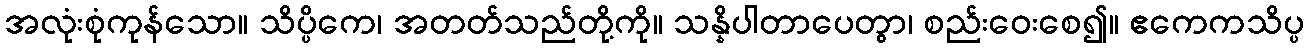
အလုံးစုံကုန်သော။ သိပ္ပိကေ၊ အတတ်သည်တို့ကို။ သန္နိပါတာပေတွာ၊ စည်းဝေးစေ၍။ ဧကေကသိပ္ပ